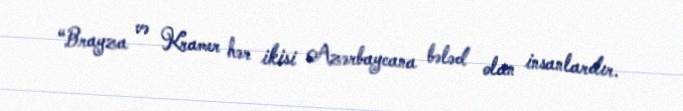
“Brayza və Kramer hər ikisi Azərbaycana bələd olan insanlardır.